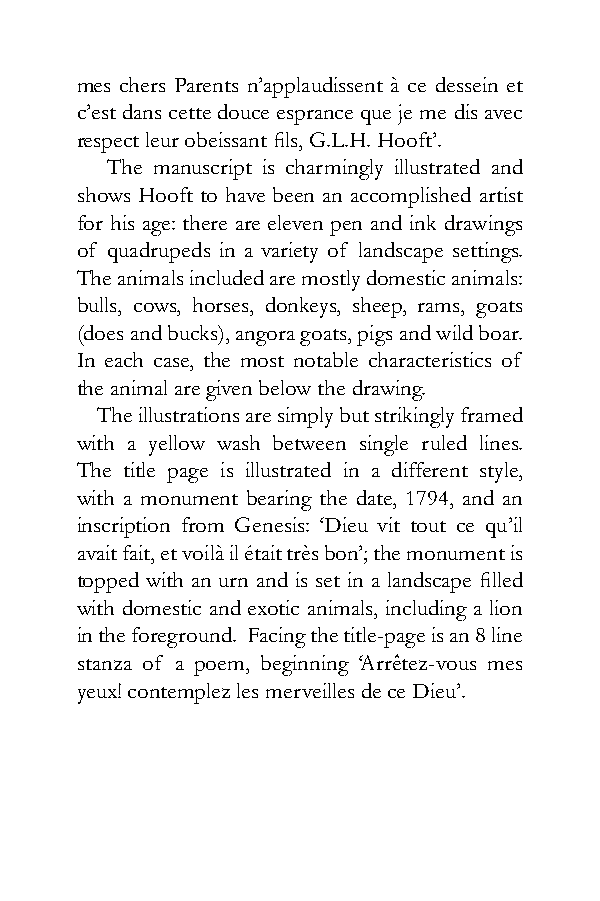
mes chers Parents n’applaudissent à ce dessein et
 c’est dans cette douce esprance que je me dis avec
 respect leur obeissant fils, G.L.H. Hooft’.
 The manuscript is charmingly illustrated and
 shows Hooft to have been an accomplished artist
 for his age: there are eleven pen and ink drawings
 of quadrupeds in a variety of landscape settings.
 The animals included are mostly domestic animals:
 bulls, cows, horses, donkeys, sheep, rams, goats
 (does and bucks), angora goats, pigs and wild boar.
 In each case, the most notable characteristics of
 the animal are given below the drawing.
 The illustrations are simply but strikingly framed
 with a yellow wash between single ruled lines.
 The title page is illustrated in a different style,
 with a monument bearing the date, 1794, and an
 inscription from Genesis: ‘Dieu vit tout ce qu’il
 avait fait, et voilà il était très bon’; the monument is
 topped with an urn and is set in a landscape filled
 with domestic and exotic animals, including a lion
 in the foreground. Facing the title-page is an 8 line
 stanza of a poem, beginning ‘Arrêtez-vous mes
 yeux! contemplez les merveilles de ce Dieu’.